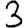
Digit: 3